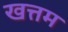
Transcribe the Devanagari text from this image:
खत्तम